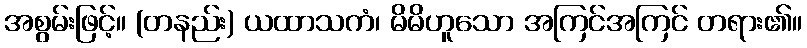
အစွမ်းဖြင့်။ (တနည်း) ယထာသကံ၊ မိမိဟူသော အကြင်အကြင် တရား၏။